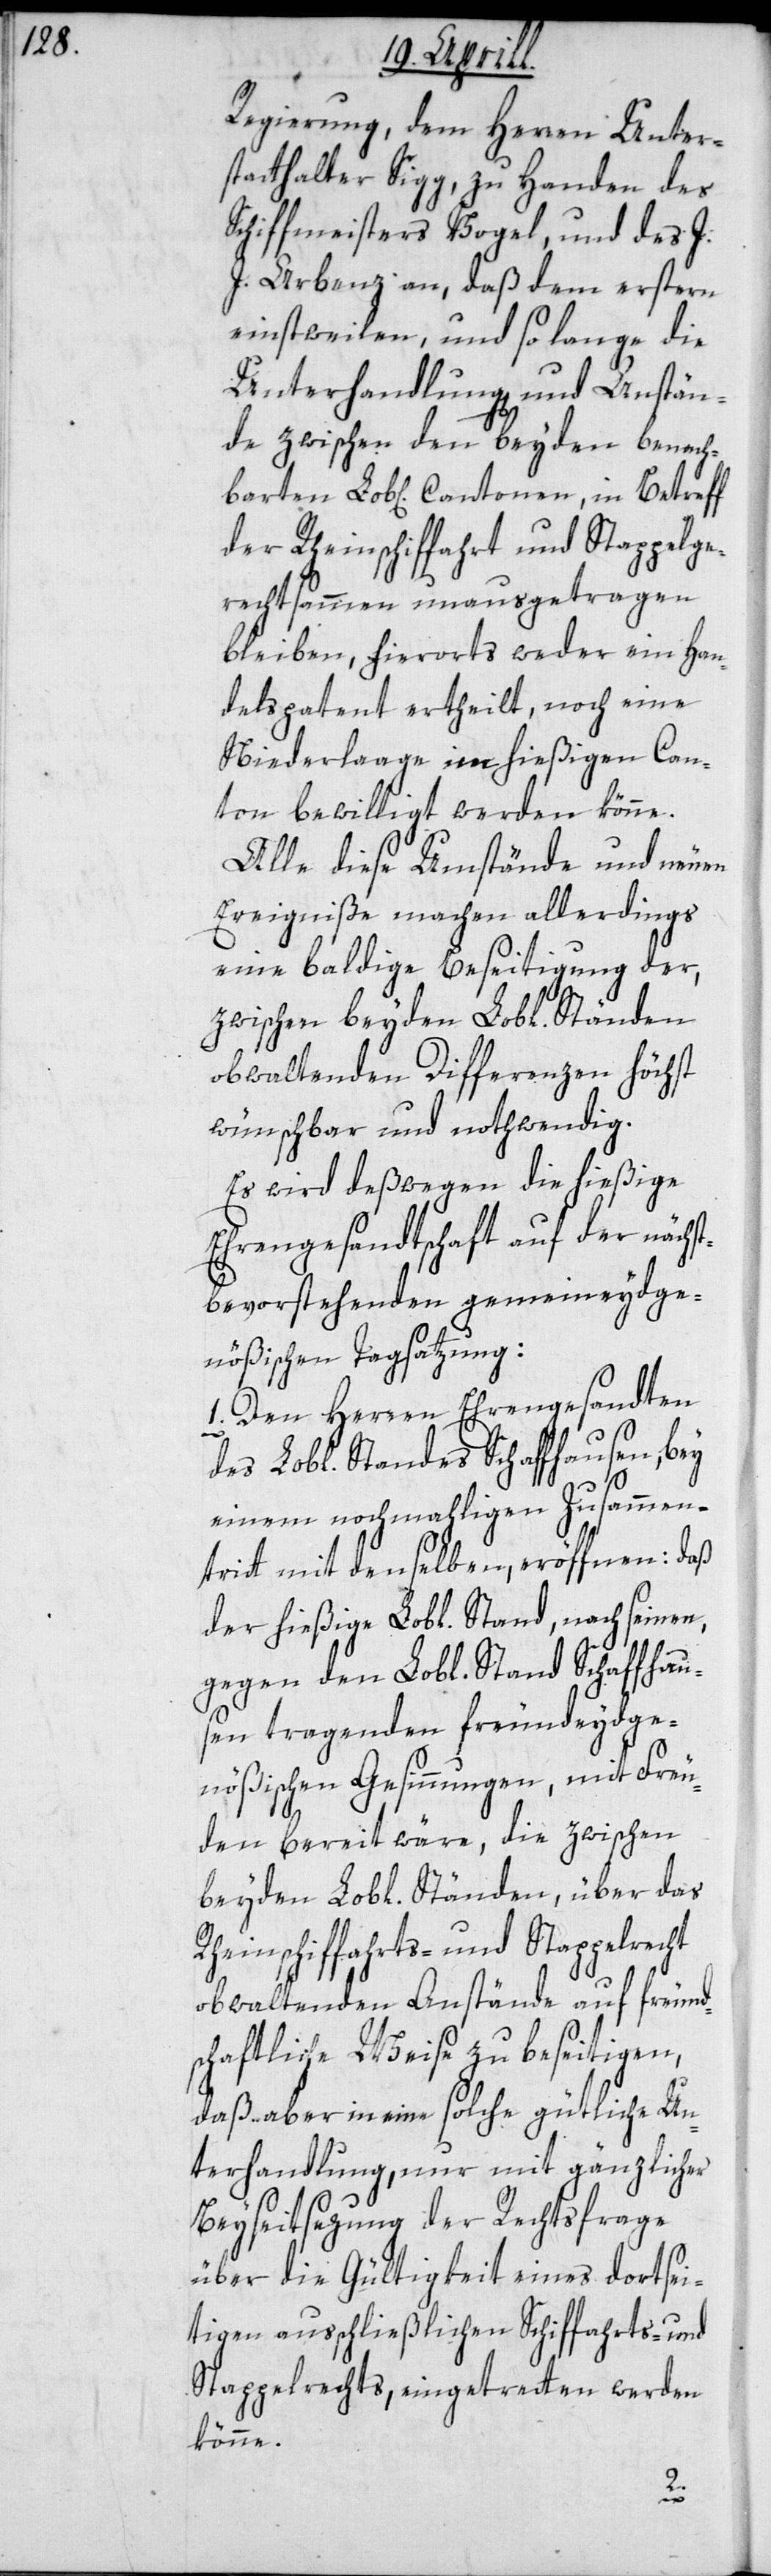
Regierung, dem Herren Unter¬
statthalter Sigg, zu Handen des
Schiffmeister Vogel und des J.
J. Arbenz an, daß dem erstern
einstweilen, und solange die
Unterhandlung und Anstän¬
de zwischen den beyden benach¬
barten Lob[lichen] Cantonen, in Betreff
der Rheinschiffahrt und Stappel¬
rechtsammen unausgetragen
bleiben, hierorts weder ein Han¬
delspatent ertheilt ,noch eine
Niederlaage im hießigen Can¬
ton bewilligt werden könne.
Alle diese Umstände und neuen
Ereigniße machen allerdings
eine baldige Beseitigung der,
zwischen beyden Lobl. Ständen
obwaltenden Differenzen höchst
wünschbar und nothwendig.
Es wird deßwegen die hießige
Ehrengesandtschaft auf der nächst
bevorstehenden gemeineydge¬
nößischen Tagsatzung:
1. Den Herren Ehrengesandten
des Lobl. Standes Schaffhausen, bey
einem nochmahligen Zusammen¬
tritt mit denselben, eröffnen: daß
der hießige Lobl. Stand, nach seinen,
gegen den Lobl. Stand Schaffhau¬
sen tragenden freundeydge¬
nößischen Gesinnungen, mit Freu¬
den bereit wäre, die zwischen
beyden Lobl. Ständen über das
Rheinschiffahrts- und Stappelrecht
obwaltenden Anstände auf freund¬
schaftliche Weise zu beseitigen,
daß aber in eine solche gütliche Un¬
terhandlung, nur mit gänzlicher
Beyseitsezung der Rechtsfrage
über die Gültigkeit eines dortsei¬
tigen ausschließlichen Schiffahrts- und
Stappelrechts, eingetretten werden
könne.